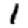
Digit: 1